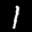
Label: 1